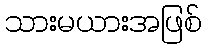
သားမယားအဖြစ်